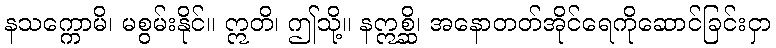
နသက္ကောမိ၊ မစွမ်းနိုင်။ ဣတိ၊ ဤသို့။ နဣစ္ဆိ၊ အနောတတ်အိုင်ရေကိုဆောင်ခြင်းငှာ